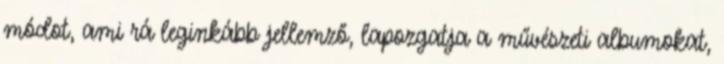
módot, ami rá leginkább jellemző, lapozgatja a művészeti albumokat,